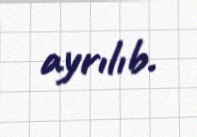
ayrılıb.